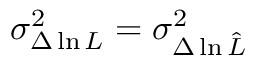
\sigma _ { \Delta \ln { \cal L } } ^ { 2 } = \sigma _ { \Delta \ln \hat { \cal L } } ^ { 2 }